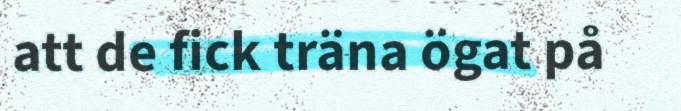
att de fick träna ögat på